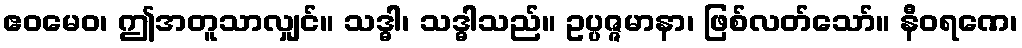
ဧဝမေဝ၊ ဤအတူသာလျှင်။ သဒ္ဓါ၊ သဒ္ဓါသည်။ ဥပ္ပဇ္ဇမာနာ၊ ဖြစ်လတ်သော်။ နီဝရဏေ၊